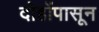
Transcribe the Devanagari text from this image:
दोहोंपासून